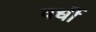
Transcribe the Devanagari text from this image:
वर्धी